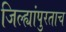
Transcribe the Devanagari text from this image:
जिल्ह्यांपुरताच